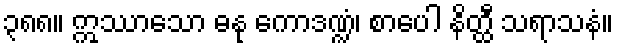
၃၈၈။ ဣဿာသော ဓနု ကောဒဏ္ဍံ၊ စာပေါ နိတ္ထီ သရာသနံ။